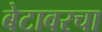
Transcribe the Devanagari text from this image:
बेटावरचा